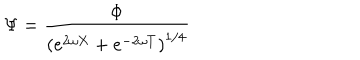
\Psi = \frac { \Phi } { \left( e ^ { 2 \omega X } + e ^ { - 2 \omega T } \right) ^ { 1 / 4 } }